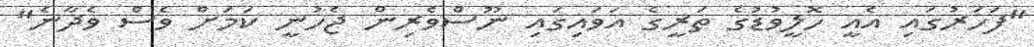
"ފަހަރުގައި އެއީ ހޮލީވުޑުގެ ތަރީގެ އަވައިގައި ނޫސްވެރިން ޖެހުނީ ކަމަށް ވެސް ވެދާނެ"